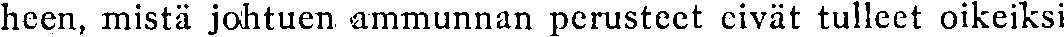
heen, mistä johtuen ammunnan perusteet eivät tulleet oikeiksi